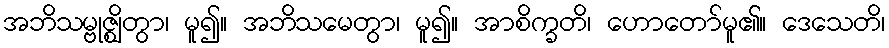
အဘိသမ္ဗုဇ္ဈိတွာ၊ မူ၍။ အဘိသမေတွာ၊ မူ၍။ အာစိက္ခတိ၊ ဟောတော်မူ၏။ ဒေသေတိ၊